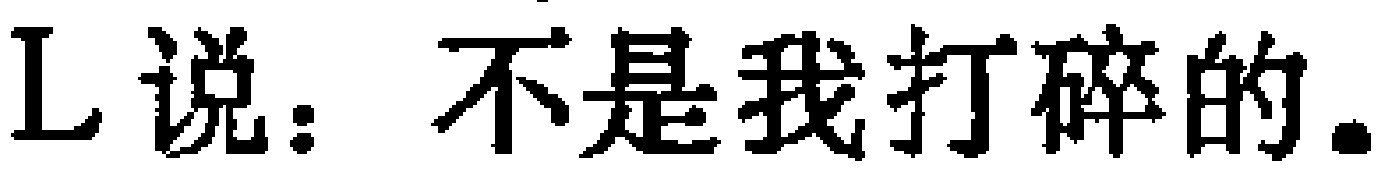
L说：不是我打碎的.